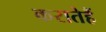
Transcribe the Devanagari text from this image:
करातेहैं